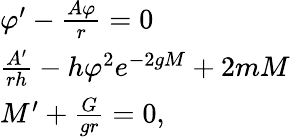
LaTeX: \begin{array}{ll}{{\varphi^{\prime}-\frac{A\varphi}{r}=0}}\\ {{\frac{A^{\prime}}{rh}-h\varphi^{2}e^{-2gM}+2mM}}\\ {{M^{\prime}+\frac{G}{gr}=0,}}\end{array}